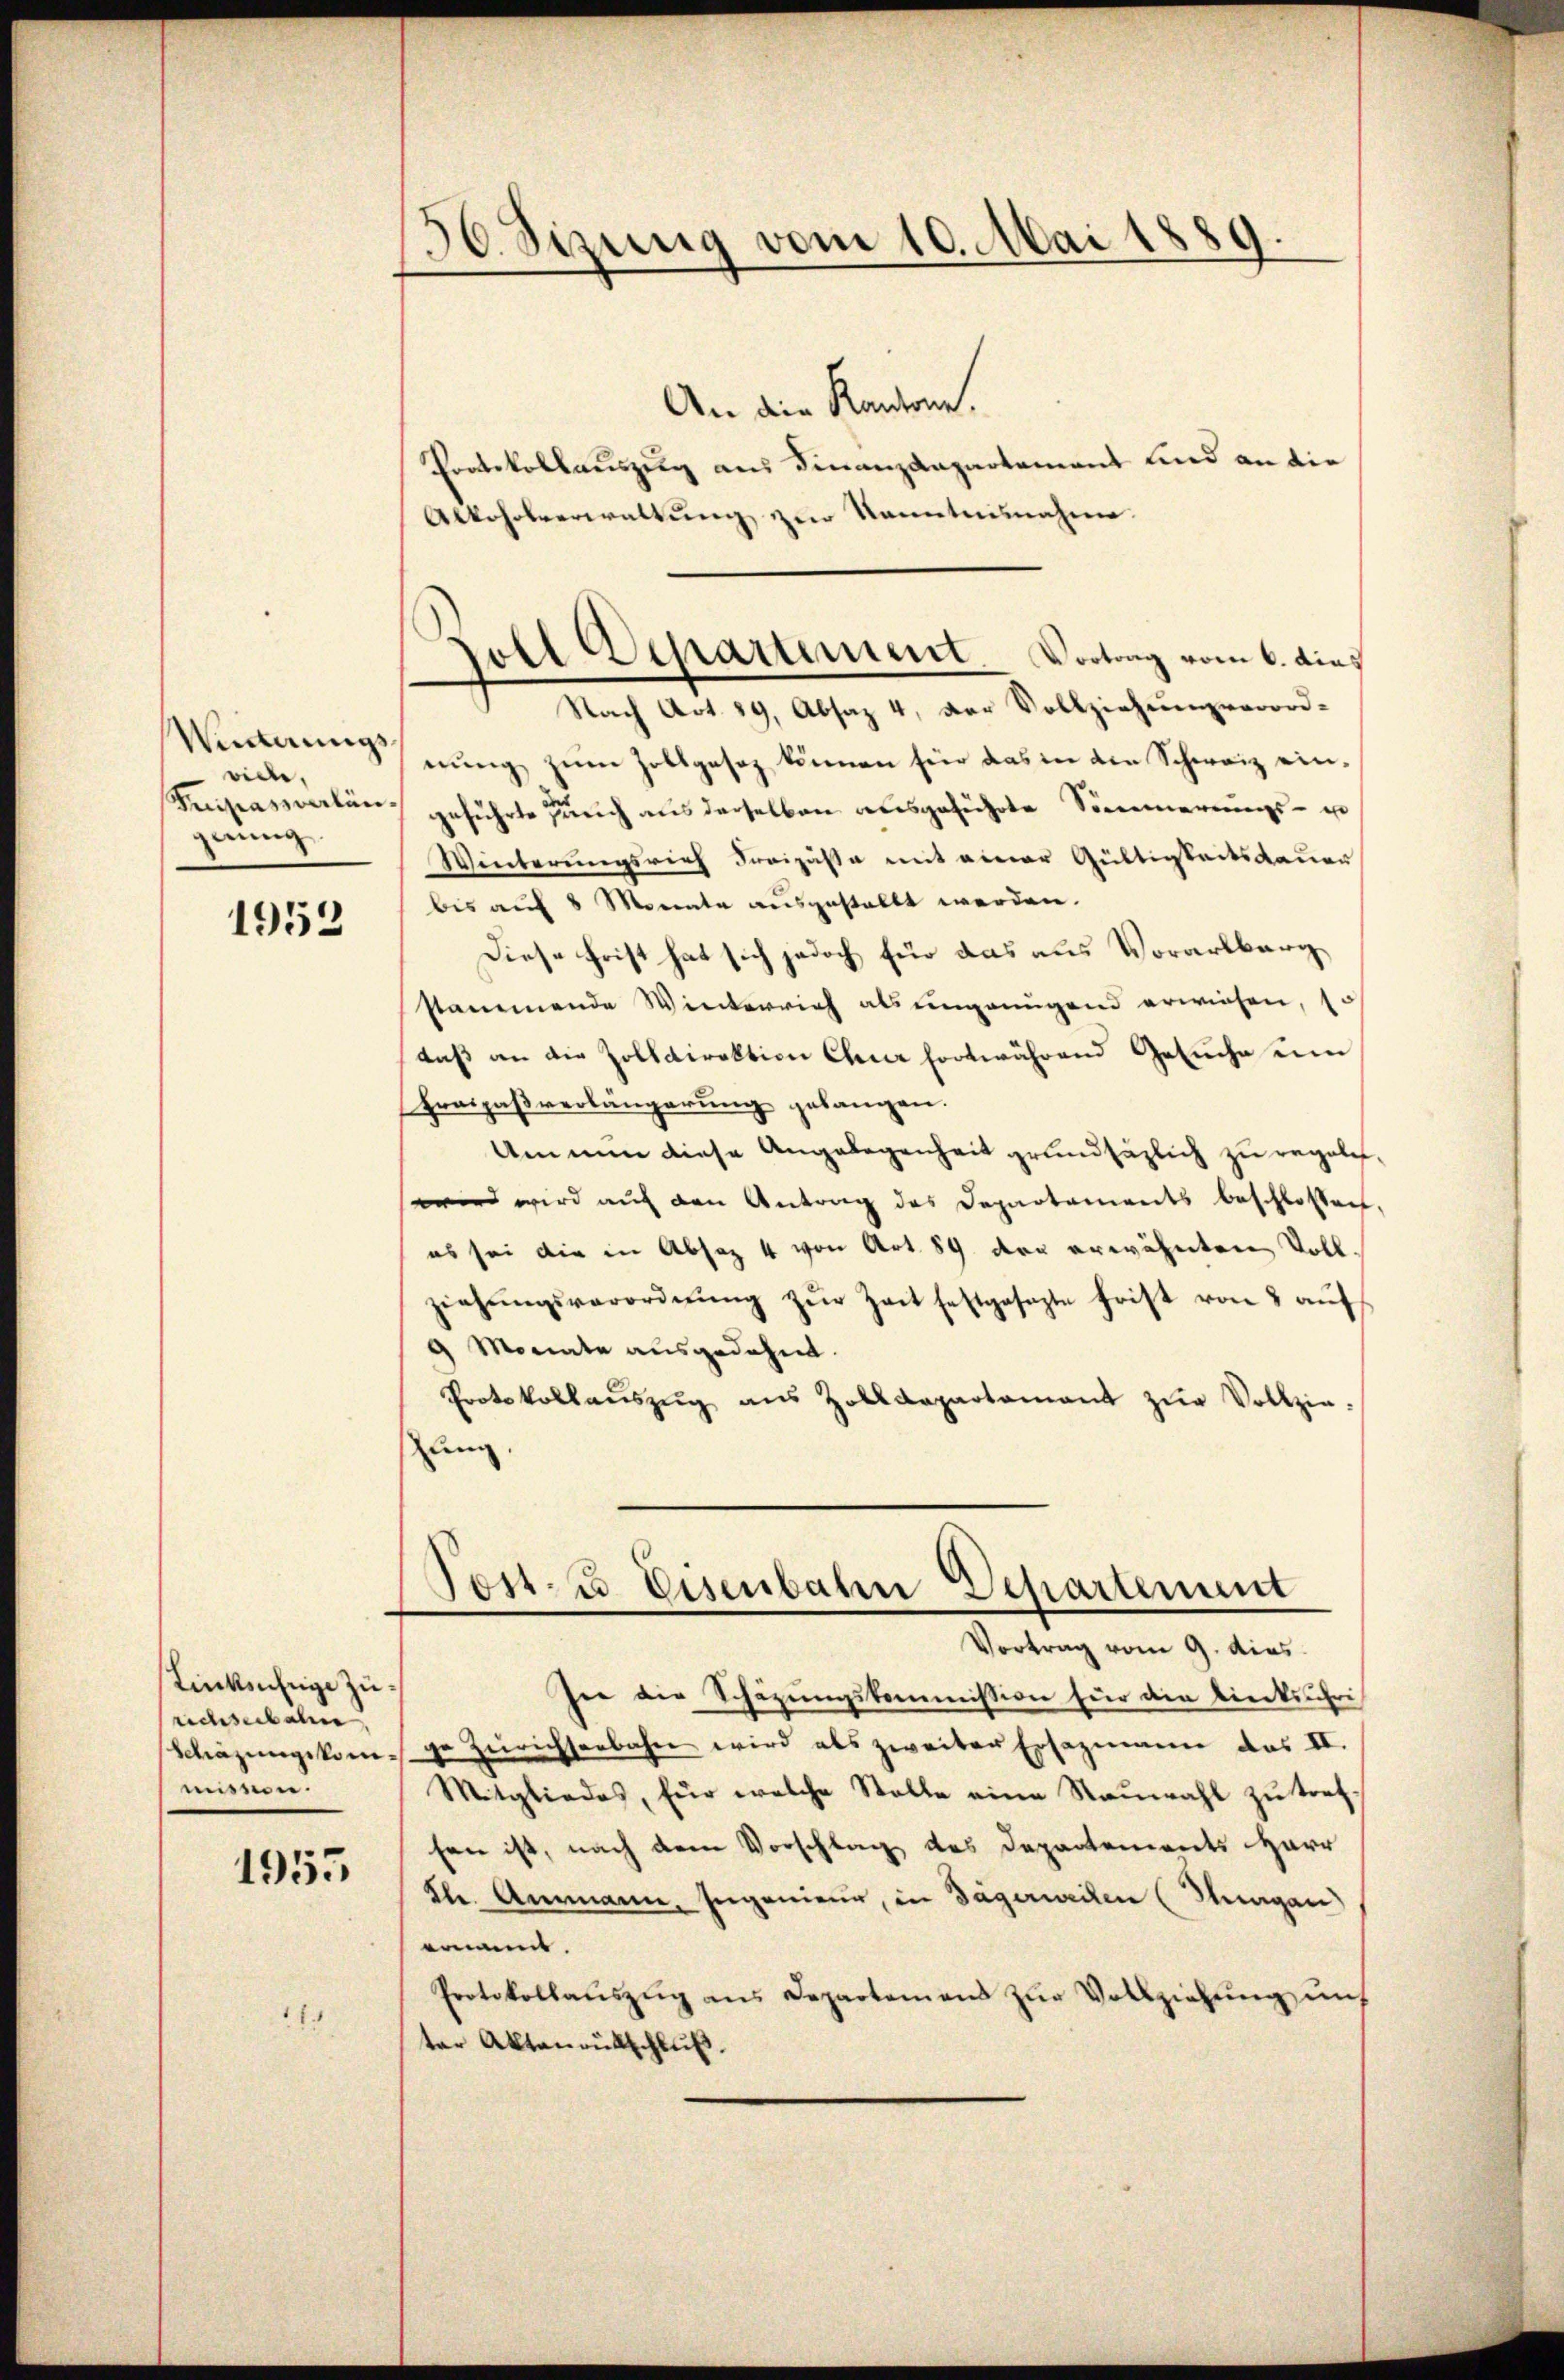
Winterungsvicle,
gerung

1952

stinkenfige Zurichsbalen,
Schäzungskommission.

1955

1.

56. Sizung vom 10. Mai 1889.

An die Kantone.
Protokollauszug aus Finanzdepartement und an die
Alkoholverwaltung zur kanntnisnahme.

soll Departement. Vortrag vom 6. dies

Nach Art. 89, Absaz 4, der Vollziehungsverord-
nung zum Zollgesez können für das in den Schweiz ein¬
Keisesraten geführte auch aus derselben ausgeführte Sommerungs- un
Winterungsrich Freizuste mit einer Gültigkeitsdauer
bis auf 8 Monate ausgestellt werden.
Diese Frist hat sich jedoch für das aus Vorarlberg
stammende Winterrich als ungenügend erwiesen, s.
daß an die Zolldirektion Ebner fortwährend Gesuche um
Fraipaßverlängerung gelangen.
Um nun diese Angelegenheit grundsätzlich zu regole,
wird wird auf den Antrag des Departements beschlossen,
es sei die in Absaz 4 von Art. 84 der erwähnten Vollziehŭngsverordnŭng zŭr Zeit festgesezte frist von 3 aŭf
9 Monate ausgedehnt.
Protokollaŭszŭg aŭs Zolldepartamant zŭr Vollzie-
ung.

Tost- u Eisenbahn Departement
Vortrag vom 9. dies

Ine die Schazungskommission für die tieckschri
ge Zürichserbahn wird als zweiter Ersazmann das II.
Mitgliedes, für welche Stelle eine Raŭwahl zŭ treffen ist, nach dem Vorschlag des Departements Herr
dh. Ammann, Ingenieur, in Tägerweiten (Thurgau)
eint.
Protokollaŭszŭg ans Departamens zŭr Vollziehŭng ŭnt
ter Aktenrutschluß.